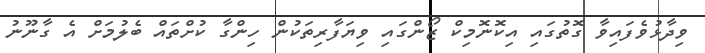
ވިދާޅުވެފައިވާ ގޮތުގައި އިކޮނޮމިކް ޒޯންގައި ވިޔަފާރިތަކުން ހިންގާ ކުށްތައް ބެލުމަށް އެ ގާނޫނު